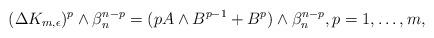
LaTeX: \begin{align*} ( \Delta K_{m,\epsilon})^p\wedge\beta_n^{n-p}=(pA\wedge B^{p-1}+B^p)\wedge\beta_n^{n-p},p= 1,\ldots,m, \end{align*}